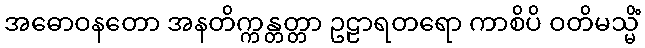
အဓောဝနတော အနတိက္ကန္တတ္တာ ဥဠာရတရော ကာစိပိ ဝတိမသ္မိံ